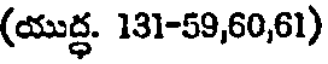
(యుద్ధ. 131-59,60,61)